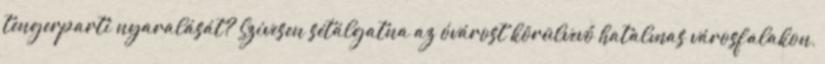
tengerparti nyaralását? Szívesen sétálgatna az óvárost körülvevő hatalmas városfalakon,